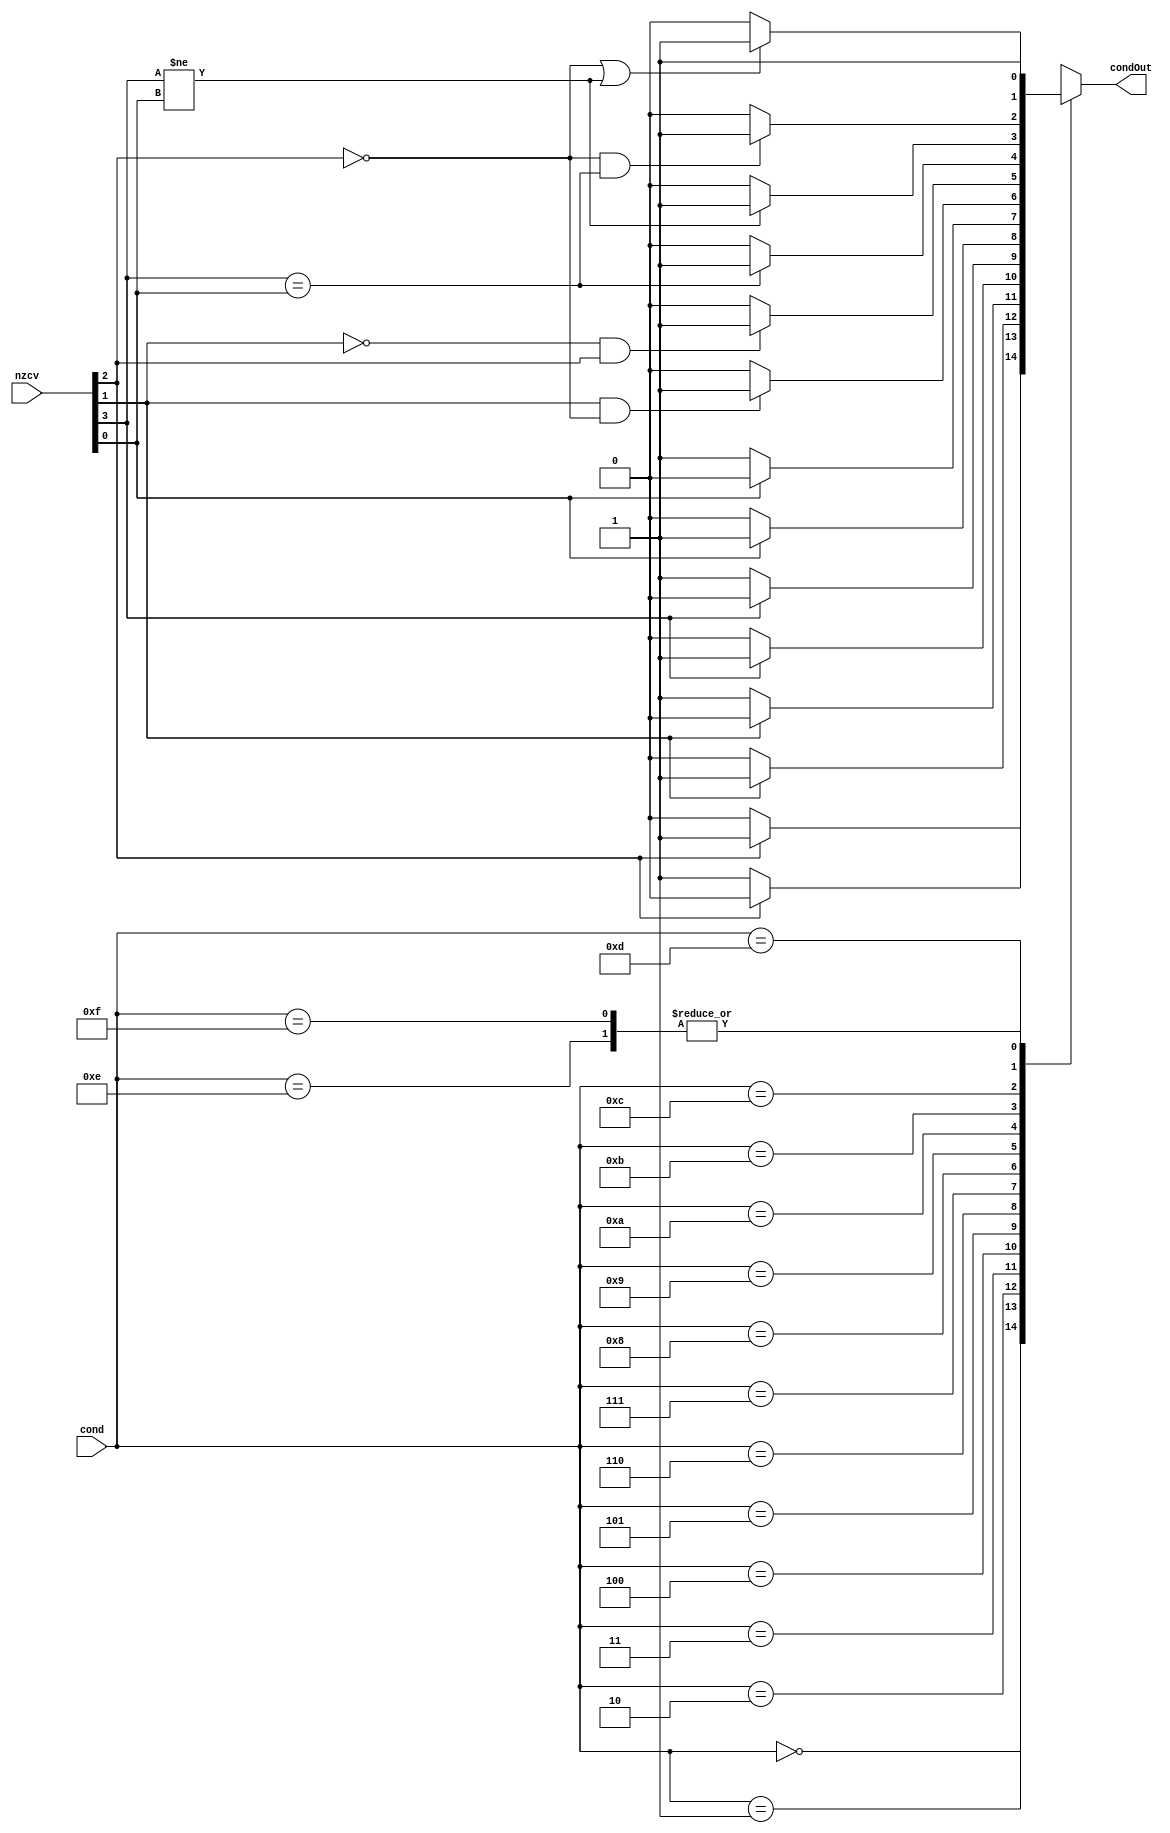
module ConditionCheck (
    input[3:0] cond, 
    input[3:0] nzcv,
    output reg condOut
  );
  

  always @ ( * ) begin
    case (cond)
        4'b0000: begin  //EQ
            if(nzcv[2] == 1)  condOut = 1;
            else condOut = 0; 
        end

        4'b0001: begin //NE
            if(nzcv[2] == 0)  condOut = 1;
            else condOut = 0; 
        end
        
        4'b0010: begin //CS
            if(nzcv[1] == 1)  condOut = 1;
            else condOut = 0; 
        end 
        
        4'b0011: begin //CC 
            if(nzcv[1] == 0)  condOut = 1;
            else condOut = 0; 
        end 
        
        4'b0100: begin //MI
            if(nzcv[3] == 1)  condOut = 1;
            else condOut = 0; 
        end 
        
        4'b0101: begin //PL
            if(nzcv[3] == 0)  condOut = 1;
            else condOut = 0; 
        end 
        
        4'b0110: begin //VS
            if(nzcv[0] == 1)  condOut = 1;
            else condOut = 0; 
        end 
        
        4'b0111: begin //VC
            if(nzcv[0] == 0)  condOut = 1;
            else condOut = 0; 
        end 
        
        4'b1000: begin //HI
            if(nzcv[1] == 1 && nzcv[2] == 0)  condOut = 1;
            else condOut = 0; 
        end 
        
        4'b1001: begin //LS
            if(nzcv[1] == 0 && nzcv[2] == 1)  condOut = 1;
            else condOut = 0; 
        end 
        
        4'b1010: begin //GE
            if(nzcv[3] == nzcv[0])  condOut = 1;
            else condOut = 0; 
        end 
        
        4'b1011: begin //LT
            if(nzcv[3] != nzcv[0])  condOut = 1;
            else condOut = 0; 
        end 
        
        4'b1100: begin //GT
            if(nzcv[2] == 0 && nzcv[3] == nzcv[0])  condOut = 1;
            else condOut = 0; 
        end 
        
        4'b1101: begin //LE
            if(nzcv[2] == 0 || nzcv[3] != nzcv[0])  condOut = 1;
            else condOut = 0; 
        end 
        
        4'b1110: begin //AL
            condOut = 1;  
        end 
        
        4'b1111: begin //reserved
            condOut = 1;
        end
    endcase
  end
endmodule